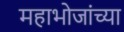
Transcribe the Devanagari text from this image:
महाभोजांच्या